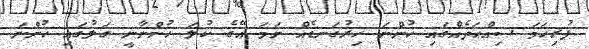
ފުރިހަމަ ޞިއްޙަތެއްގައި ހުންނަ ހިރުގަނޑެއް ނަމަ އޭގެ ކުލަ ހުންނާނީ ގަލުގައި ހުންނަ